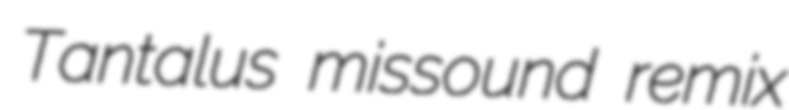
Tantalus missound remix